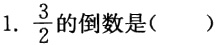
1. $\frac{3}{2}$的倒数是( )